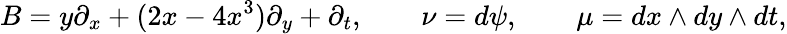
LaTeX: B=y\partial_{x}+(2x-4x^{3})\partial_{y}+\partial_{t},\qquad\nu=d\psi,\qquad\mu=dx\wedge dy\wedge dt,